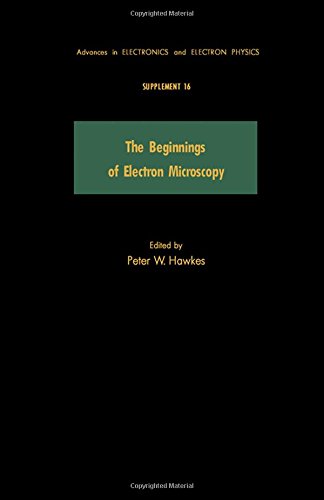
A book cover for Beginnings of Electron Microscopy (Advances in Electronics & Electron Physics Supplement); Science & Math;